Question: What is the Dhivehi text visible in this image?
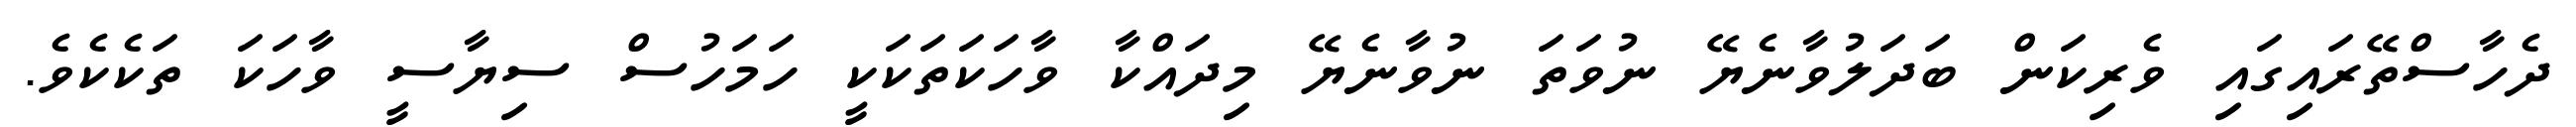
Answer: ދެހާސްތޭރައިގައި ވެރިކަން ބަދަލުވާނެޔޭ ނުވަތަ ނުވާނެޔޭ މިދައްކާ ވާހަކަތަކަކީ ހަމަހުސް ސިޔާސީ ވާހަކަ ތަކެކެވެ.